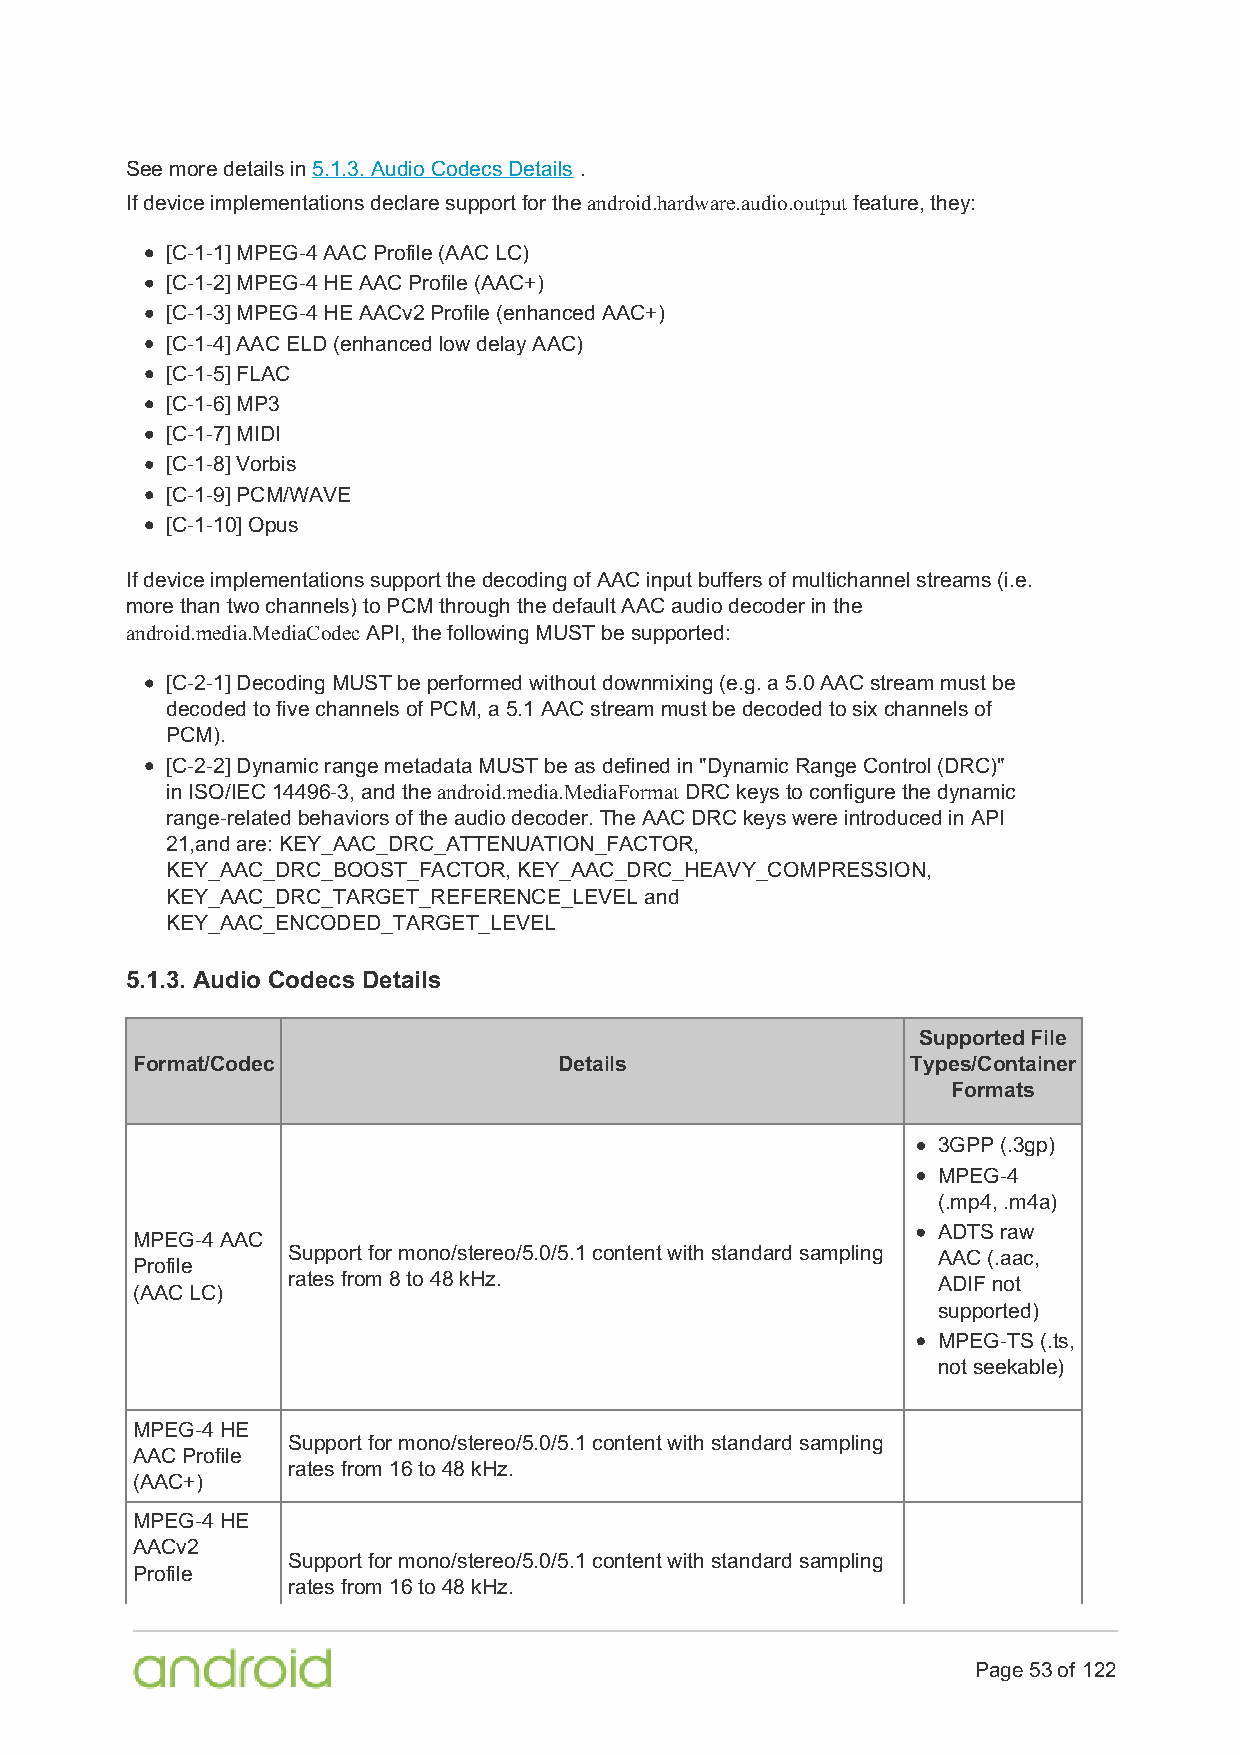
See more details in 5.1.3. Audio Codecs Details .
 If device implementations declare support for the android.hardware.audio.output feature, they:
 [C-1-1] MPEG-4 AAC Profile (AAC LC)
 [C-1-2] MPEG-4 HE AAC Profile (AAC+)
 [C-1-3] MPEG-4 HE AACv2 Profile (enhanced AAC+)
 [C-1-4] AAC ELD (enhanced low delay AAC)
 [C-1-5] FLAC
 [C-1-6] MP3
 [C-1-7] MIDI
 [C-1-8] Vorbis
 [C-1-9] PCM/WAVE
 [C-1-10] Opus
 If device implementations support the decoding of AAC input buffers of multichannel streams (i.e.
 more than two channels) to PCM through the default AAC audio decoder in the
 android.media.MediaCodec API, the following MUST be supported:
 [C-2-1] Decoding MUST be performed without downmixing (e.g. a 5.0 AAC stream must be
 decoded to five channels of PCM, a 5.1 AAC stream must be decoded to six channels of
 PCM).
 [C-2-2] Dynamic range metadata MUST be as defined in "Dynamic Range Control (DRC)"
 in ISO/IEC 14496-3, and the android.media.MediaFormat DRC keys to configure the dynamic
 range-related behaviors of the audio decoder. The AAC DRC keys were introduced in API
 21,and are: KEY_AAC_DRC_ATTENUATION_FACTOR,
 KEY_AAC_DRC_BOOST_FACTOR, KEY_AAC_DRC_HEAVY_COMPRESSION,
 KEY_AAC_DRC_TARGET_REFERENCE_LEVEL and
 KEY_AAC_ENCODED_TARGET_LEVEL
 5.1.3. Audio Codecs Details
 Supported File
 Format/Codec                Details                Types/Container
 Formats
 3GPP (.3gp)
 MPEG-4
 (.mp4, .m4a)
 ADTS raw
 MPEG-4 AAC
 Support for mono/stereo/5.0/5.1 content with standard sampling AAC (.aac,
 Profile
 rates from 8 to 48 kHz.                    ADIF not
 (AAC LC)
 supported)
 MPEG-TS (.ts,
 not seekable)
 MPEG-4 HE
 Support for mono/stereo/5.0/5.1 content with standard sampling
 AAC Profile
 rates from 16 to 48 kHz.
 (AAC+)
 MPEG-4 HE
 AACv2
 Support for mono/stereo/5.0/5.1 content with standard sampling
 Profile
 rates from 16 to 48 kHz.
 Page 53 of 122